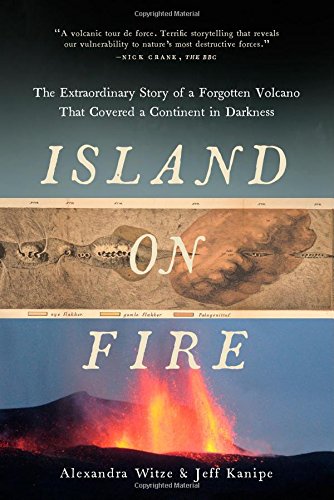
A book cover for Island on Fire: The Extraordinary Story of a Forgotten Volcano That Changed the World; Alexandra Witze; Science & Math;